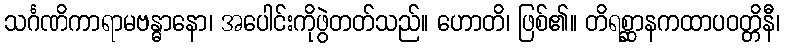
သင်္ဂဏိကာရာမဗန္ဓာနော၊ အပေါင်းကိုဖွဲတတ်သည်။ ဟောတိ၊ ဖြစ်၏။ တိရစ္ဆာနကထာပဝတ္တိနီ၊